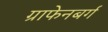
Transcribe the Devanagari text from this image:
ग्राफेनबर्ग